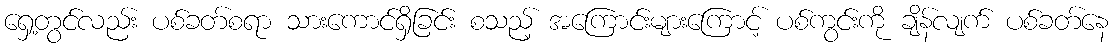
ရှေ့တွင်လည်း ပစ်ခတ်စရာ သားကောင်ရှိခြင်း စသည့် အကြောင်းများကြောင့် ပစ်ကွင်းကို ချိန်လျက် ပစ်ခတ်နေ